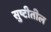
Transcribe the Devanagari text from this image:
सुष्टीतील